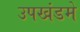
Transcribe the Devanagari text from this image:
उपखंडमे